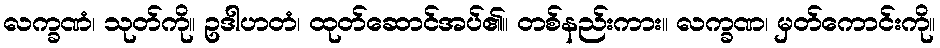
လက္ခဏံ၊ သုတ်ကို။ ဥဒါဟတံ၊ ထုတ်ဆောင်အပ်၏။ တစ်နည်းကား။ လက္ခဏ၊ မှတ်ကောင်းကို။